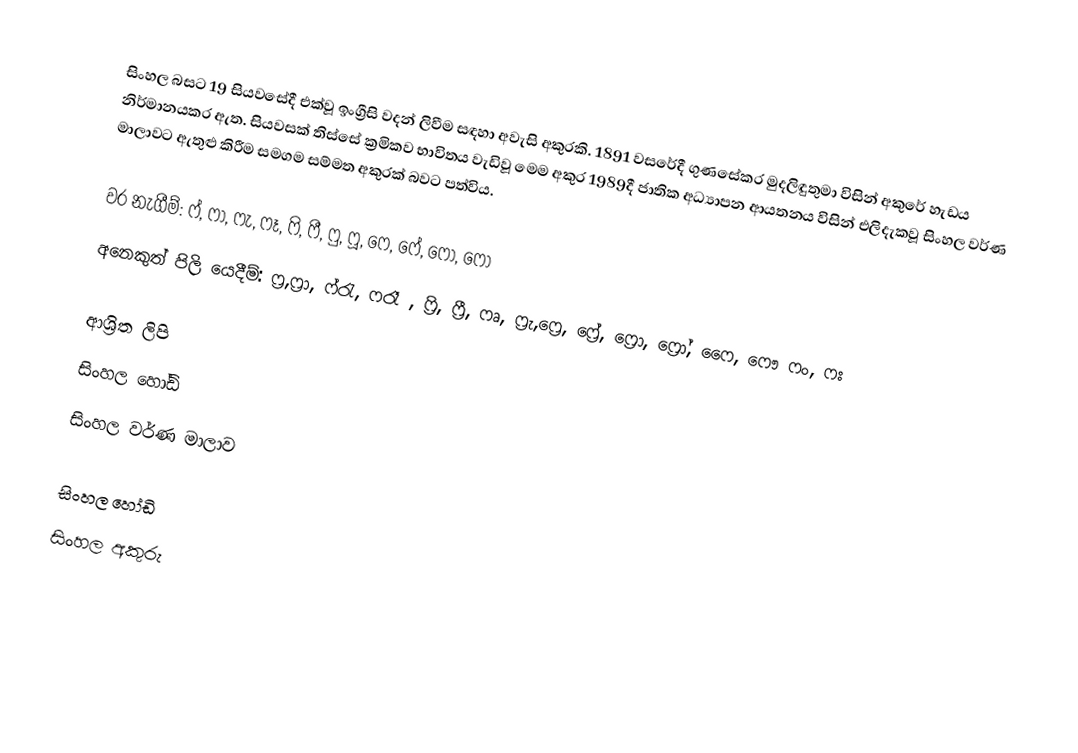
සිංහල බසට 19 සියවසේදී එක්වූ ඉංග්‍රීසි වදන් ලිවීම සඳහා අවැසි අකුරකි. 1891 වසරේදී ගුණසේකර මුදලිඳුතුමා විසින් අකුරේ හැඩය නිර්මානයකර ඇත. සියවසක් තිස්සේ ක්‍රමිකව භාවිතය වැඩිවූ මෙම අකුර 1989දී ජාතික අධ්‍යාපන ආයතනය විසින් එලිදැකවූ සිංහල වර්ණ මාලාවට ඇතුළු කිරීම සමගම සම්මත අකුරක් බවට පත්විය.

වර නැගීම්: ෆ්, ෆා, ෆැ, ෆෑ, ෆි, ෆී, ෆු, ෆූ, ෆෙ, ෆේ, ෆො, ‍ෆෝ
අනෙකුත් පිලි යෙදීම්: ෆ්‍ර,ෆ්‍රා, ෆ්රැ, ෆරෑ , ෆ්‍රි, ෆ්‍රී, ෆෘ, ෆ්‍රැ,ෆ්‍රෙ, ෆ්‍රේ, ෆ්‍රො, ෆ්‍රෝ, ෆෛ, ෆෞ ෆං, ෆඃ

ආශ්‍රිත ලිපි
 සිංහල හෝඩි
 සිංහල වර්ණ මාලාව

සිංහල හෝඩි
සිංහල අකුරු